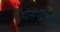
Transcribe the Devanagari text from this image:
हॉलॉप्टीलिया